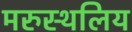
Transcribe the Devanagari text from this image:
मरुस्थलिय